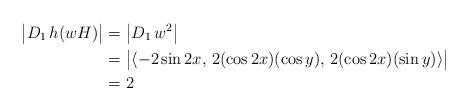
LaTeX: \begin{align*} \big| D_1 \, h(wH) \big| &= \big| D_1 \, w^2 \big| \\ &= \big| \langle -2\sin{2x}, \, 2 (\cos{2x}) (\cos{y}), \, 2 (\cos{2x}) (\sin{y}) \rangle \big| \\ &= 2\end{align*}